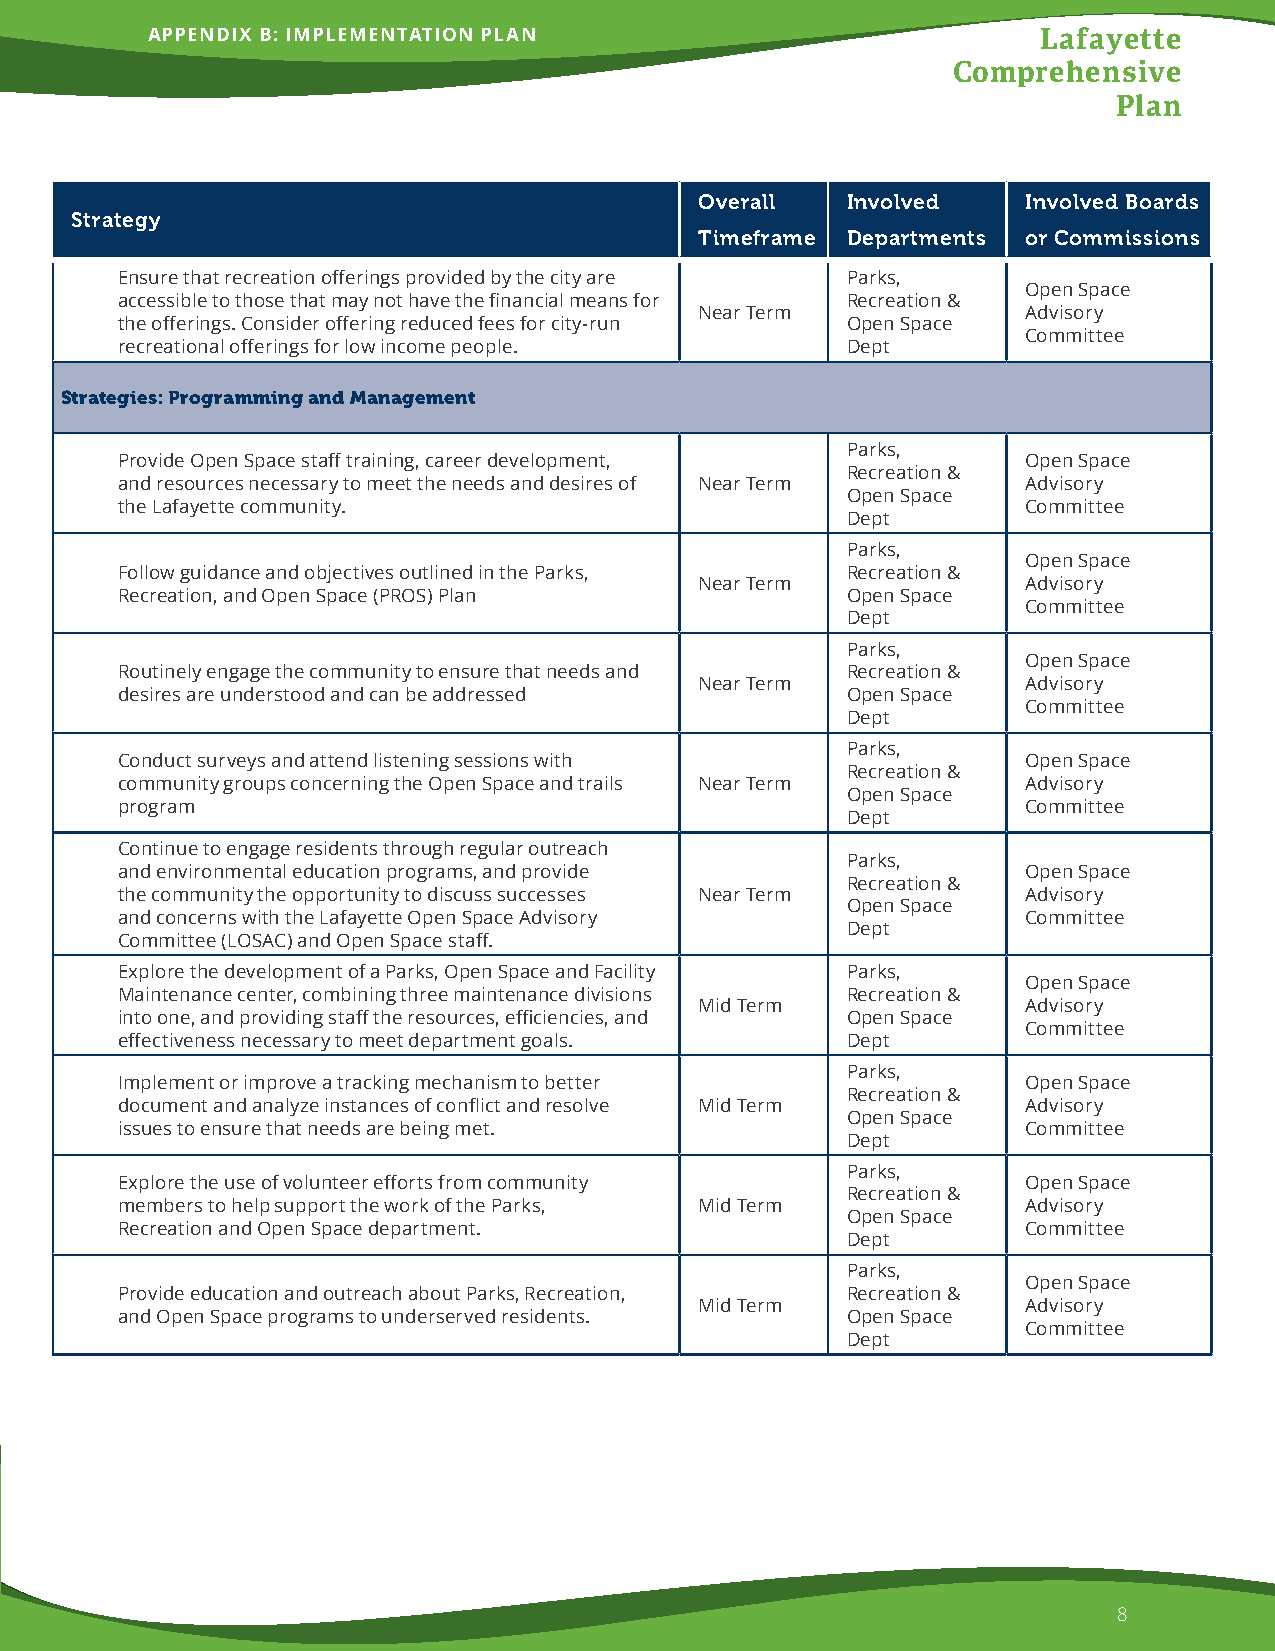
APPENDIX B: IMPLEMENTATION PLAN                            Lafayette
 Comprehensive
 Plan
 Overall   Involved    Involved Boards
 Strategy
 Timeframe Departments or Commissions
 Ensure that recreation offerings provided by the city are Parks,
 Open Space
 accessible to those that may not have the financial means for Recreation &
 Near Term             Advisory
 the offerings. Consider offering reduced fees for city-run Open Space
 Committee
 recreational offerings for low income people.   Dept
 Strategies: Programming and Management
 Parks,
 Provide Open Space staff training, career development,      Open Space
 Recreation &
 and resources necessary to meet the needs and desires of Near Term Advisory
 Open Space
 the Lafayette community.                                    Committee
 Dept
 Parks,
 Open Space
 Follow guidance and objectives outlined in the Parks, Recreation &
 Near Term             Advisory
 Recreation, and Open Space (PROS) Plan          Open Space
 Committee
 Dept
 Parks,
 Open Space
 Routinely engage the community to ensure that needs and Recreation &
 Near Term             Advisory
 desires are understood and can be addressed     Open Space
 Committee
 Dept
 Parks,
 Conduct surveys and attend listening sessions with          Open Space
 Recreation &
 community groups concerning the Open Space and trails Near Term Advisory
 Open Space
 program                                                     Committee
 Dept
 Continue to engage residents through regular outreach
 Parks,
 and environmental education programs, and provide           Open Space
 Recreation &
 the community the opportunity to discuss successes Near Term Advisory
 Open Space
 and concerns with the Lafayette Open Space Advisory         Committee
 Dept
 Committee (LOSAC) and Open Space staff.
 Explore the development of a Parks, Open Space and Facility Parks,
 Open Space
 Maintenance center, combining three maintenance divisions Recreation &
 Mid Term              Advisory
 into one, and providing staff the resources, efficiencies, and Open Space
 Committee
 effectiveness necessary to meet department goals. Dept
 Parks,
 Implement or improve a tracking mechanism to better         Open Space
 Recreation &
 document and analyze instances of conflict and resolve Mid Term Advisory
 Open Space
 issues to ensure that needs are being met.                  Committee
 Dept
 Parks,
 Explore the use of volunteer efforts from community         Open Space
 Recreation &
 members to help support the work of the Parks, Mid Term     Advisory
 Open Space
 Recreation and Open Space department.                       Committee
 Dept
 Parks,
 Open Space
 Provide education and outreach about Parks, Recreation, Recreation &
 Mid Term              Advisory
 and Open Space programs to underserved residents. Open Space
 Committee
 Dept
 8